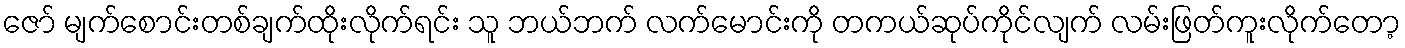
ဇော် မျက်စောင်းတစ်ချက်ထိုးလိုက်ရင်း သူ ဘယ်ဘက် လက်မောင်းကို တကယ်ဆုပ်ကိုင်လျက် လမ်းဖြတ်ကူးလိုက်တော့